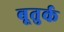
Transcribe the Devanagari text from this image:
बूतुर्क